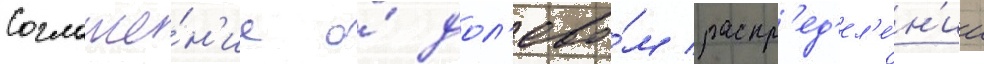
Соглаше́н'ие о́ дол'ево́м распр'ед'ел'е́н'ии